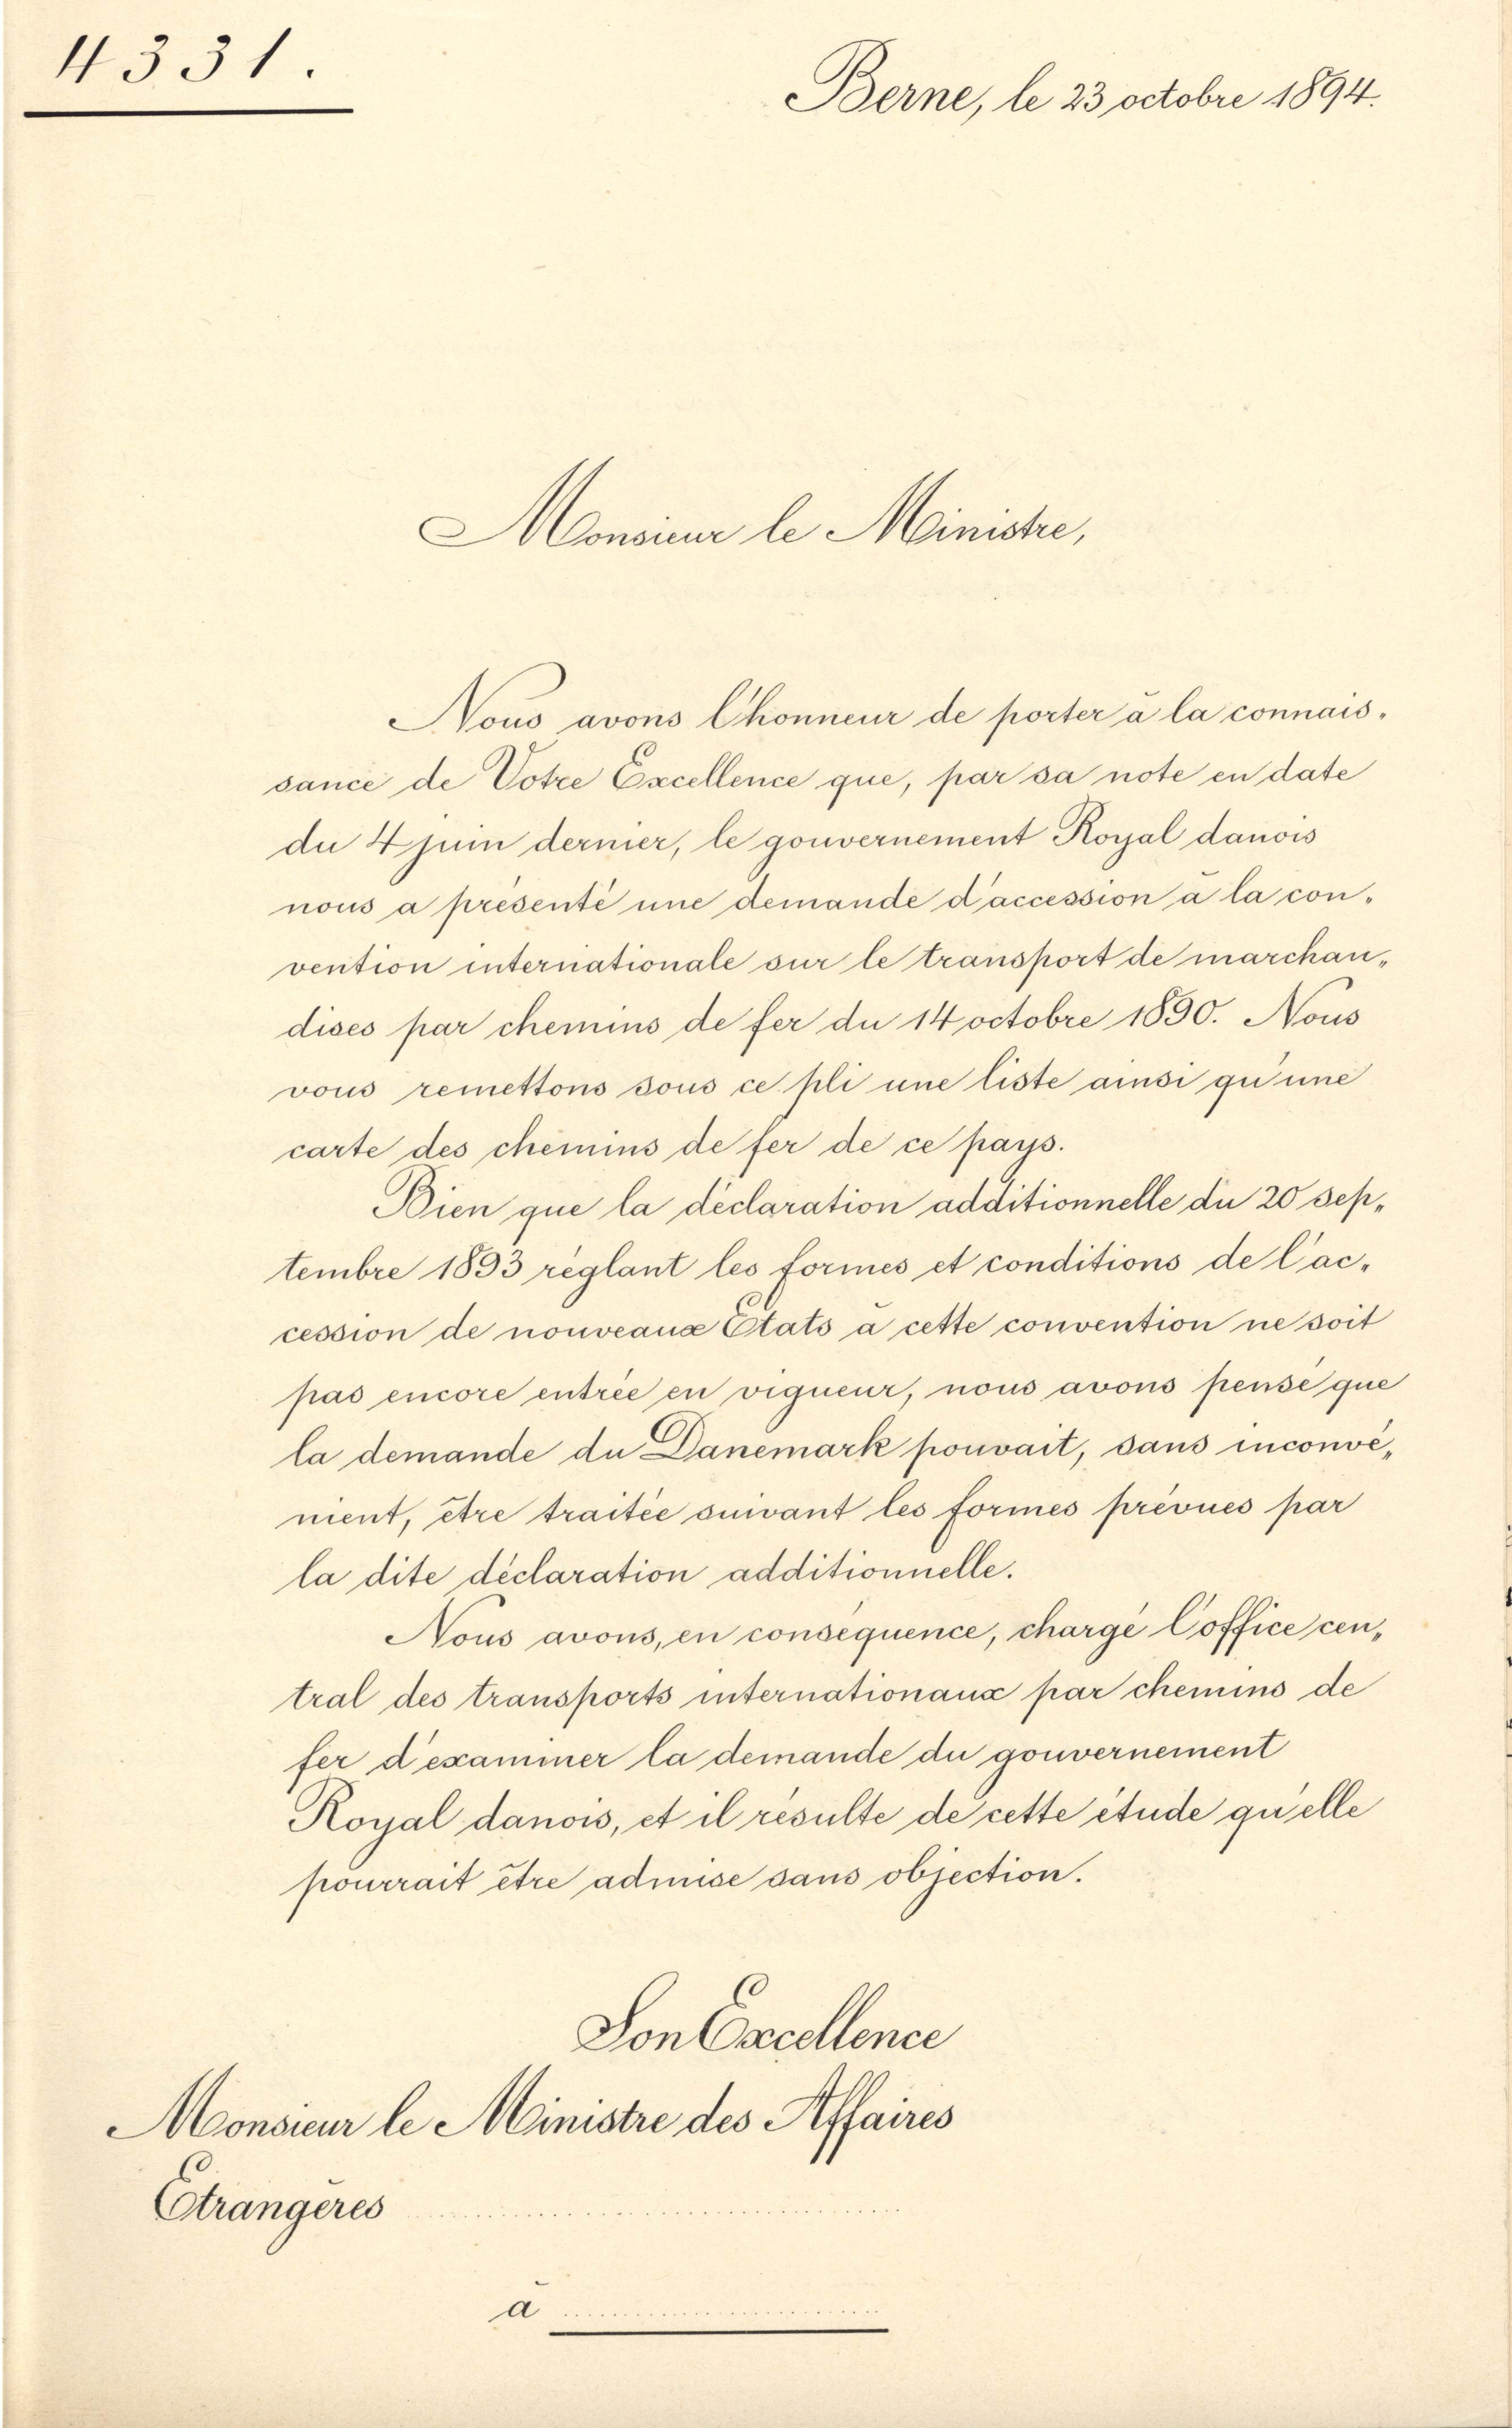
4351

Nous avons Chonneur de porter à la connais-

sance de Votze Excellence que, par sa note en date
di 4 juni dernier, le gouvernement Royal dauois
nous a presenté une demande d’accession à la convention internationale sur le transport de marchaudices par chemins de fer du 14 Octobre 1830. Nous
vous remettons sous ce pli une liste ainsi quine
carte des chemins de fer de ce pays.
Bien que la déclaration additionnelle die 20 Septembre 1893 reglant les formes et conditions de l’ac-
cession de nouveaux Etats à cette convention ne soit
pas encore entrée en vigneur, nous avous pense que
la demande du Danemark pouvait, sans inconvement, être traitée suivant les formes prévues par
la dite déclaration additionnelle.
Nous avous, en consequence, chargé Coffice central des transports internationaux par chemins de
fer dekammer la demande du gouvernement
Royal danows, et il résulte de cette étude quelle
pourrait être admise sans objection.
Son Excellence
Monsieur le Ministre des Affaires
Ctrangeres
a

Berne, le 23 Octobre 1894.
Monsiner le Ministe,